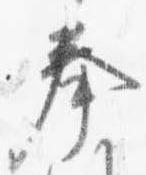
奉